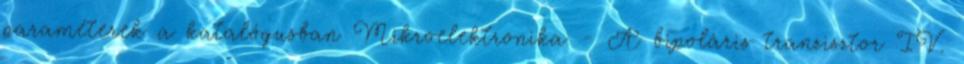
paraméterek a katalógusban Mikroelektronika - A bipoláris tranzisztor IV.